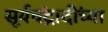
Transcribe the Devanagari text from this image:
सूर्यचंद्रादींच्या